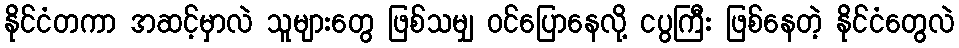
နိုင်ငံတကာ အဆင့်မှာလဲ သူများတွေ ဖြစ်သမျှ ဝင်ပြောနေလို့ ငပွကြီး ဖြစ်နေတဲ့ နိုင်ငံတွေလဲ